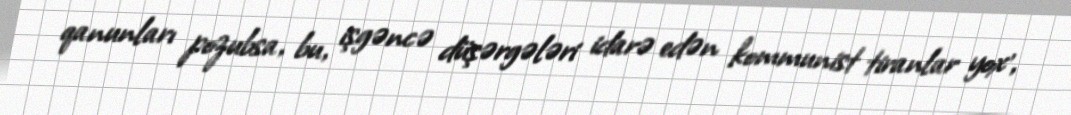
qanunları pozubsa, bu, işgəncə düşərgələri idarə edən kommunist tiranlar yox',